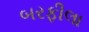
બરફીલા